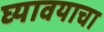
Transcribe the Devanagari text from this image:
घ्‍यावयाचा